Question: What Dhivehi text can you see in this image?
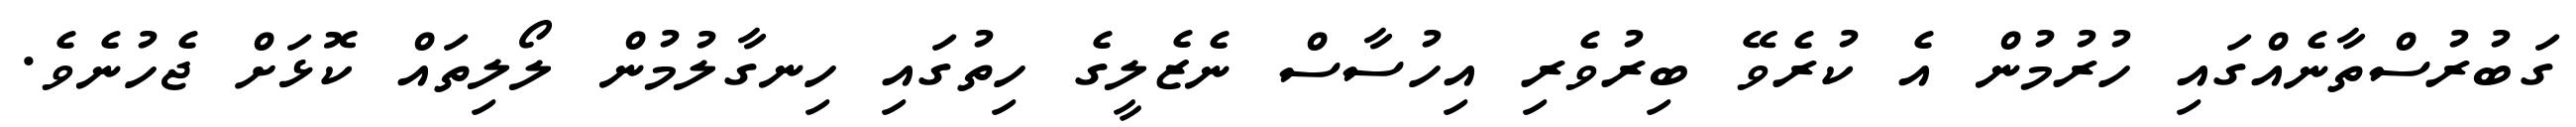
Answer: ގަބުރުސްތާނެއްގައި ހުރުމުން އެ ކުރެވޭ ބިރުވެރި އިހުސާސް ނެޒެލީގެ ހިތުގައި ހިނގާލުމުން ލޯލިތައް ކޮޅަށް ޖެހުނެވެ.